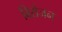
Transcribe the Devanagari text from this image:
विरोजन